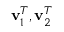
\mathbf { v } _ { 1 } ^ { T } , \mathbf { v } _ { 2 } ^ { T }